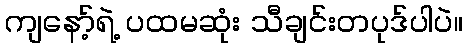
ကျနော့်ရဲ့ ပထမဆုံး သီချင်းတပုဒ်ပါပဲ။